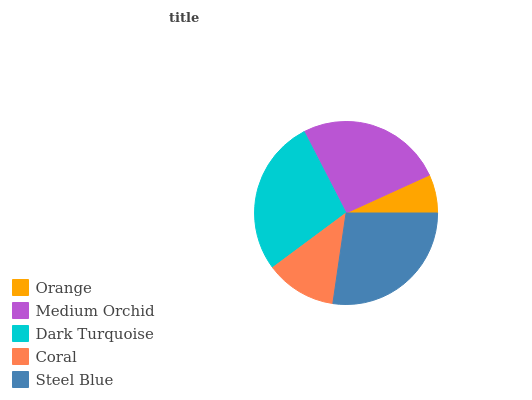
| Orange | Medium Orchid | Dark Turquoise | Coral | Steel Blue |
 | --- | --- | --- | --- | --- |
 | 6.81% | 25.8% | 27.5% | 12.5% | 27.4% |